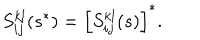
S _ { i j } ^ { k l } ( s ^ { * } ) = \left[ S _ { i j } ^ { k l } ( s ) \right] ^ { * } .